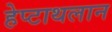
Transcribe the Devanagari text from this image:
हेप्टाथलान